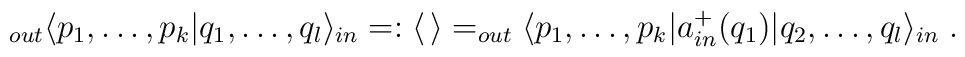
_{out}\langle p_{1},\dots ,p_{k}|q_{1},\dots ,q_{l}\rangle _{in}=:\langle \, \rangle =_{out}\langle p_{1},\dots ,p_{k}|a_{in}^{+}(q_{1})|q_{2},\dots ,q_{l}\rangle _{in}\; .